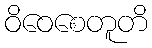
ဝိဝေစေတူတိ